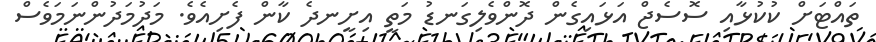
ތައްޓަށް ކުކުޅާއި ސޮސެޖް އަޅައިގެން ދޮންވެލިގަނޑު މަތީ އިށީނދެ ކާން ފެށިއެވެ. މަދުމަދުންނަމަވެސް